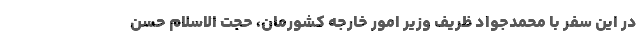
در این سفر با محمدجواد ظریف وزیر امور خارجه کشورمان، حجت الاسلام حسن